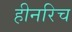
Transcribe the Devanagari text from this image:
हीनरिच